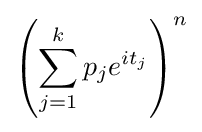
\left(\sum _{j=1}^{k}p_{j}e^{it_{j}}\right)^{n}